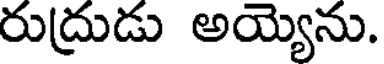
రుద్రుడు అయ్యెను.